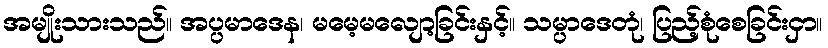
အမျိုးသားသည်။ အပ္ပမာဒေန၊ မမေ့မလျော့ခြင်းနှင့်။ သမ္ပာဒေတုံ၊ ပြည့်စုံစေခြင်းငှာ။